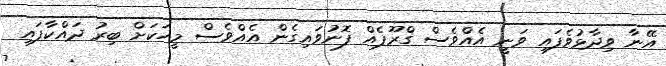
އޭނާ ވިދާޅުވެފައި ވަނީ އެއްވެސް ގްރޫޕެއް ފޮނުވައިގެން އެއްވެސް މީހަކަށް ބިރު ދައްކާފައި